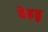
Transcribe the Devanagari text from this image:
देहड़ू